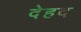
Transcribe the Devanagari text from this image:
देहद